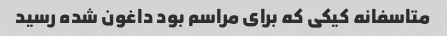
متاسفانه کیکی که برای مراسم بود داغون شده رسید